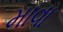
માવા